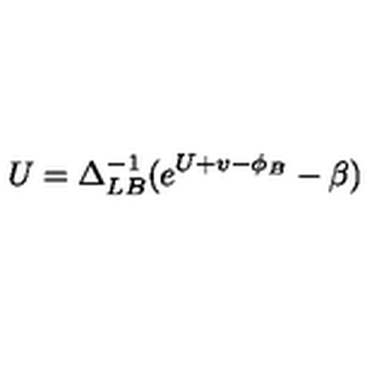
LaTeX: U = \Delta _ { L B } ^ { - 1 } ( e ^ { U + v - \phi _ { B } } - \beta )